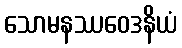
သောမနဿဝေဒနိယံ